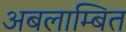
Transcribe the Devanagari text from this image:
अबलाम्बित